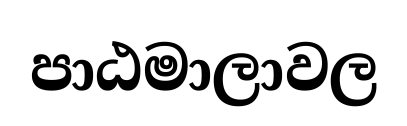
පාඨමාලාවල